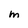
Character: m